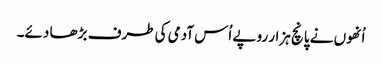
اُنھوں نے پانچ ہزار روپے اُس آدمی کی طرف بڑھا دئے۔